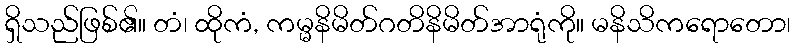
ရှိသည်ဖြစ်၏။ တံ၊ ထိုကံ, ကမ္မနိမိတ်ဂတိနိမိတ်အာရုံကို။ မနိသိကရောတော၊